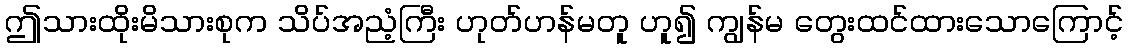
ဤသားထိုးမိသားစုက သိပ်အညံ့ကြီး ဟုတ်ဟန်မတူ ဟူ၍ ကျွန်မ တွေးထင်ထားသောကြောင့်